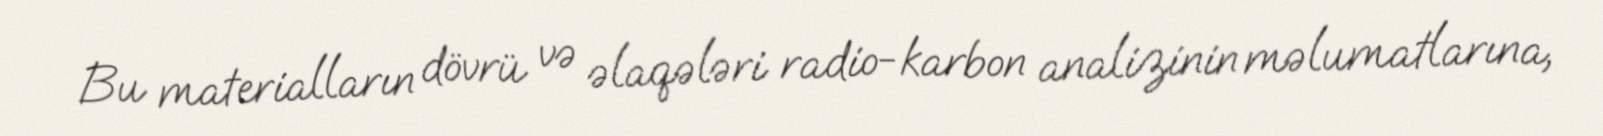
Bu materialların dövrü və əlaqələri radio-karbon analizinin məlumatlarına,